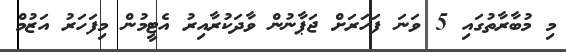
މި މުބާރާތުގައި 5 ވަނަ ފަހަރަށް ޖަޕާނުން ވާދަކުރާއިރު އެޓީމުން މިފަހަރު އަޒުމް